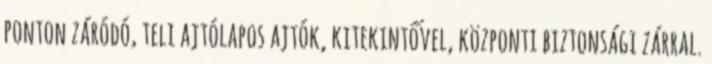
ponton záródó, teli ajtólapos ajtók, kitekintővel, központi biztonsági zárral.